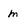
Character: m